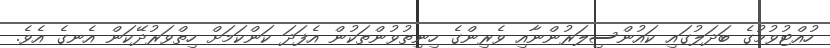
ހުއްޓުވުމުގެ ބަދަލުގައި ކައުންސިލަރުންނާއި ވެރިންގެ ހިނިތުވުންތަކުން އެފަދަ ކަންކަމަށް ހިތްވަރުދޭކަން އެނގެ އެވެ.